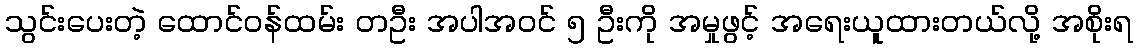
သွင်းပေးတဲ့ ထောင်ဝန်ထမ်း တဦး အပါအဝင် ၅ ဦးကို အမှုဖွင့် အရေးယူထားတယ်လို့ အစိုးရ